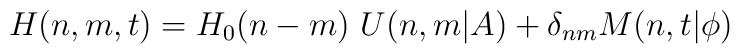
H(n,m,t)=H_0(n-m)\ U(n,m\vert A)+\delta_{nm}M(n,t\vert\phi )